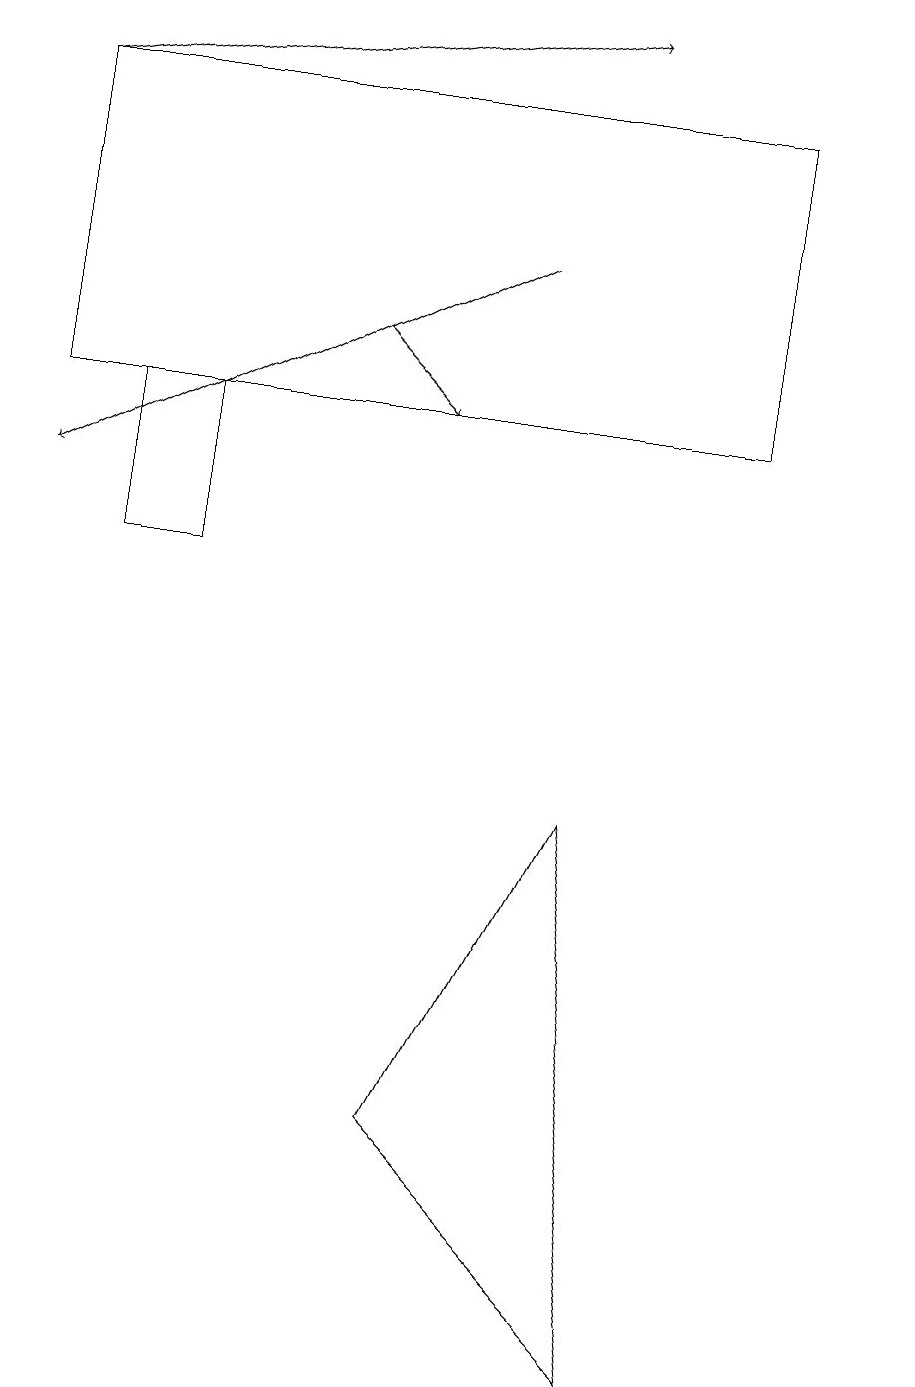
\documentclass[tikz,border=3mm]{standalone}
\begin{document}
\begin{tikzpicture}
\draw (1,10) rectangle (2,12);
\draw[->] (4,13) -- (5,12);
\draw (11,12) circle (0);
\draw[->] (0,16) -- (7,17);
\draw (5,3) -- (8,0) -- (7,7) -- cycle;
\draw[->] (6,14) -- (0,11);
\draw (9,12) rectangle (0,16);
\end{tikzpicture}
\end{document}